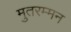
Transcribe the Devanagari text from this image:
मुतरम्मन